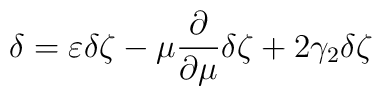
\delta =    \varepsilon\delta\zeta-\mu\frac{\partial}{\partial\mu}\delta\zeta+2\gamma_{2}\delta\zeta